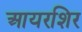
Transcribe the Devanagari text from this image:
आयरशिर